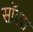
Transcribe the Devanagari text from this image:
सॉक्‍स